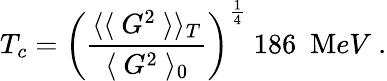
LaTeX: T_{c}=\left(\frac{\langle\langle~G^{2}~\rangle\rangle_{T}}{\langle~G^{2}~\rangle_{0}}\right)^{\frac 14}~186~~{\mathrm MeV}~.